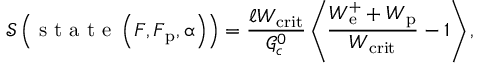
\mathcal { S } \left( \mathrm { ~ s ~ t ~ a ~ t ~ e ~ } \left( \boldsymbol { F } , \boldsymbol { F } _ { \mathrm { p } } , \boldsymbol { \upalpha } \right) \right) = \frac { \ell W _ { \mathrm { c r i t } } } { \mathcal { G } _ { c } ^ { 0 } } \left\langle \frac { W _ { \mathrm { e } } ^ { + } + W _ { \mathrm { p } } } { W _ { \mathrm { c r i t } } } - 1 \right\rangle ,